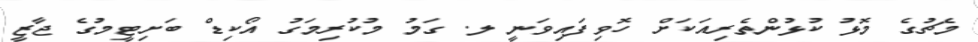
މެޗުގެ މޮޅު ކުޅުންތެރިއަކަށް ހޮވިފައިވަނީ ލ. ގަމު މުކުރިމަގު އޯކިޑް ބަށިޓީމުގެ ޖާޒީ